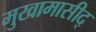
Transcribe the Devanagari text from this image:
मुखामासीद्